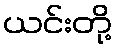
ယင်းတို့